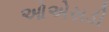
ઓએસડી